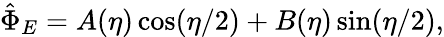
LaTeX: \begin{array}{r}{\hat{\Phi}_{E}=A(\eta)\cos(\eta/2)+B(\eta)\sin(\eta/2),}\end{array}